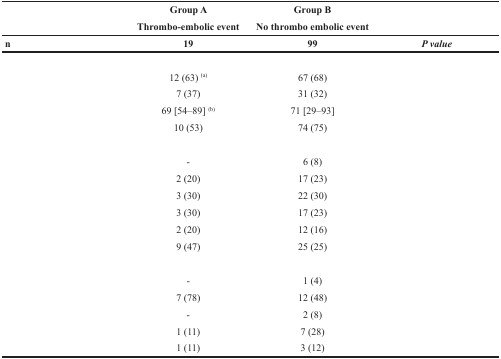
<table><thead><tr><td>[EMPTY_CELL]</td><td><b>Group A</b></td><td><b>Group B</b></td><td>[EMPTY_CELL]</td></tr><tr><td>[EMPTY_CELL]</td><td><b>Thrombo-embolic event</b></td><td><b>No thrombo embolic event</b></td><td>[EMPTY_CELL]</td></tr><tr><td><b>n</b></td><td><b>19</b></td><td><b>99</b></td><td><b><i>P value</i></b></td></tr></thead><tbody><tr><td>[EMPTY_CELL]</td><td>[EMPTY_CELL]</td><td>[EMPTY_CELL]</td><td>[EMPTY_CELL]</td></tr><tr><td>[EMPTY_CELL]</td><td>12 (63) <sup>(a)</sup></td><td>67 (68)</td><td>[EMPTY_CELL]</td></tr><tr><td>[EMPTY_CELL]</td><td>7 (37)</td><td>31 (32)</td><td>[EMPTY_CELL]</td></tr><tr><td>[EMPTY_CELL]</td><td>69 [54–89] <sup>(b)</sup></td><td>71 [29–93]</td><td>[EMPTY_CELL]</td></tr><tr><td>[EMPTY_CELL]</td><td>10 (53)</td><td>74 (75)</td><td>[EMPTY_CELL]</td></tr><tr><td>[EMPTY_CELL]</td><td>[EMPTY_CELL]</td><td>[EMPTY_CELL]</td><td>[EMPTY_CELL]</td></tr><tr><td>[EMPTY_CELL]</td><td>-</td><td>6 (8)</td><td>[EMPTY_CELL]</td></tr><tr><td>[EMPTY_CELL]</td><td>2 (20)</td><td>17 (23)</td><td>[EMPTY_CELL]</td></tr><tr><td>[EMPTY_CELL]</td><td>3 (30)</td><td>22 (30)</td><td>[EMPTY_CELL]</td></tr><tr><td>[EMPTY_CELL]</td><td>3 (30)</td><td>17 (23)</td><td>[EMPTY_CELL]</td></tr><tr><td>[EMPTY_CELL]</td><td>2 (20)</td><td>12 (16)</td><td>[EMPTY_CELL]</td></tr><tr><td>[EMPTY_CELL]</td><td>9 (47)</td><td>25 (25)</td><td>[EMPTY_CELL]</td></tr><tr><td>[EMPTY_CELL]</td><td>[EMPTY_CELL]</td><td>[EMPTY_CELL]</td><td>[EMPTY_CELL]</td></tr><tr><td>[EMPTY_CELL]</td><td>-</td><td>1 (4)</td><td>[EMPTY_CELL]</td></tr><tr><td>[EMPTY_CELL]</td><td>7 (78)</td><td>12 (48)</td><td>[EMPTY_CELL]</td></tr><tr><td>[EMPTY_CELL]</td><td>-</td><td>2 (8)</td><td>[EMPTY_CELL]</td></tr><tr><td>[EMPTY_CELL]</td><td>1 (11)</td><td>7 (28)</td><td>[EMPTY_CELL]</td></tr><tr><td>[EMPTY_CELL]</td><td>1 (11)</td><td>3 (12)</td><td>[EMPTY_CELL]</td></tr></tbody></table>